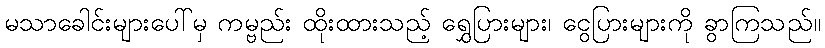
မသာခေါင်းများပေါ်မှ ကမ္ဗည်း ထိုးထားသည့် ရွှေပြားများ၊ ငွေပြားများကို ခွာကြသည်။